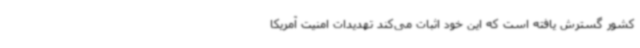
کشور گسترش یافته است که این خود اثبات می‌کند تهدیدات امنیت آمریکا